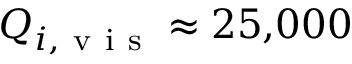
Q _ { i , \mathrm { ~ v ~ i ~ s ~ } } \approx 2 5 { , } 0 0 0